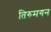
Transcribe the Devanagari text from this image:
तिरुमगन